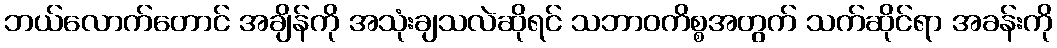
ဘယ်လောက်တောင် အချိန်ကို အသုံးချသလဲဆိုရင် သဘာဝကိစ္စအတွက် သက်ဆိုင်ရာ အခန်းကို